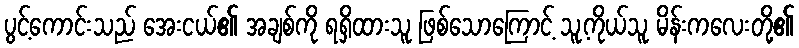
ပွင့်ကောင်းသည် အေးငယ်၏ အချစ်ကို ရရှိထားသူ ဖြစ်သောကြောင့် သူ့ကိုယ်သူ မိန်းကလေးတို့၏